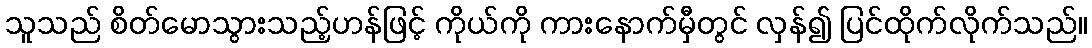
သူသည် စိတ်မောသွားသည့်ဟန်ဖြင့် ကိုယ်ကို ကားနောက်မှီတွင် လှန်၍ ပြင်ထိုက်လိုက်သည်။